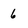
Character: 6